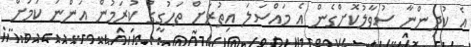
އެ ކުދިންނާ ސުވާލުކޮށްގެން އެ މައްސަލަ އިތުރަށް ތަހުގީގު ކުރަމުން އަންނަ ކަމަށް